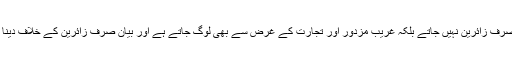
اور یاد رہے ایران میں صرف زائرین نہیں جاتے بلکہ غریب مزدور اور تجارت کے غرض سے بھی لوگ جاتے ہے اور بیان صرف زائرین کے خلاف دینا ان کی منافقانہ سوچ ہے۔